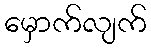
မှောက်လျက်